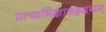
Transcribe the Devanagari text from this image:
प्रत्याभिज्ञानहृदयम्